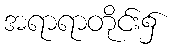
အရာရာတိုင်း၌